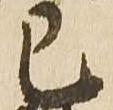
已